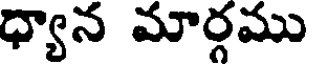
ధ్యాన మార్గము